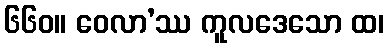
၆၆၀။ ဝေလာ’ဿ ကူလဒေသော ထ၊